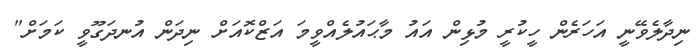
ނިދާލެވޭނީ އަހަރެން ހީކުރީ މުޅިން އައު މާޙައުލެއްވީމަ އަޒްކޮއަށް ނިދަން އުނދަގޫވީ ކަމަށް"